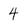
Character: 4